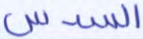
السدس